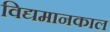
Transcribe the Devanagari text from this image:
विद्यमानकाल